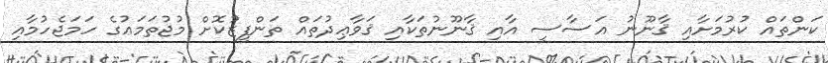
ކަންތައް ކުރުމަށާއި ޤާނޫނު އަސާސީ އާއި ޤާނޫނުތަކާއި ޤަވާޢިދުތައް ތަންފީޒުކޮށް މުޖުތަމަޢުގެ ހަމަޖެހުމާއި